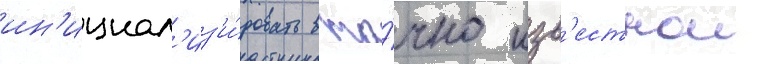
ин'ициал'из'и́ровать в то́чно изв'естнои